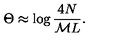
\Theta \approx \log \displaystyle \frac { 4 N } { { \cal M } L } .